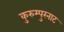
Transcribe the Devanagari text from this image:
कुरुम्पुरनाट